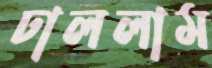
ঢাললাম